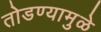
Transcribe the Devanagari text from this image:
तोडण्यामुळे